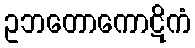
ဥဘတောကောဋိကံ